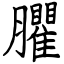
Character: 臞